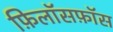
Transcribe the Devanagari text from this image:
फ़िलॉसफ़ॉस